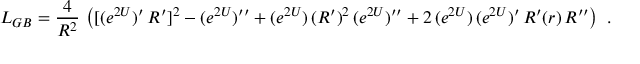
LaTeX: L _ { G B } = { \frac { 4 } { R ^ { 2 } } } \, \left( [ ( e ^ { 2 U } ) ^ { \prime } \, R ^ { \prime } ] ^ { 2 } - ( e ^ { 2 U } ) ^ { \prime \prime } + ( e ^ { 2 U } ) \, ( R ^ { \prime } ) ^ { 2 } \, ( e ^ { 2 U } ) ^ { \prime \prime } + 2 \, ( e ^ { 2 U } ) \, ( e ^ { 2 U } ) ^ { \prime } \, R ^ { \prime } ( r ) \, R ^ { \prime \prime } \right) \ .